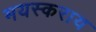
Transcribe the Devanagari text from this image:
मयस्कराय